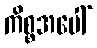
ကိစ္စအပေါ်